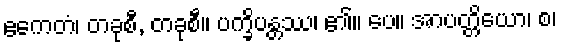
ဧကေတံ၊ တခုစီ, တခုစီ။ ပက္ခိပန္တဿ၊ ၏။ ပေ။ အာပတ္တိယော၊ စ၊